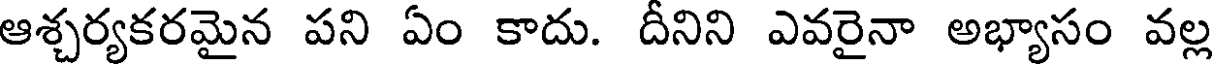
ఆశ్చర్యకరమైన పని ఏం కాదు. దీనిని ఎవరైనా అభ్యాసం వల్ల